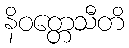
နိဝတ္တေသီတိ